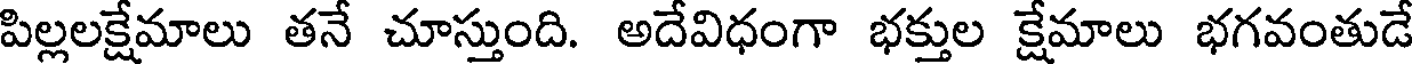
పిల్లలక్షేమాలు తనే చూస్తుంది. అదేవిధంగా భక్తుల క్షేమాలు భగవంతుడే